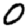
Digit: 0